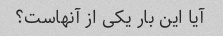
آیا این بار یکی از آنهاست؟